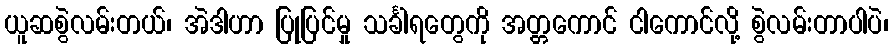
ယူဆစွဲလမ်းတယ်၊ အဲဒါဟာ ပြုပြင်မှု သင်္ခါရတွေကို အတ္တကောင် ငါကောင်လို့ စွဲလမ်းတာပါပဲ၊